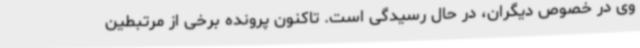
وی در خصوص دیگران، در حال رسیدگی است. تاکنون پرونده برخی از مرتبطین